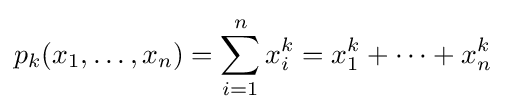
p_{k}(x_{1},\ldots ,x_{n})=\sum _{i=1}^{n}x_{i}^{k}=x_{1}^{k}+\cdots +x_{n}^{k}